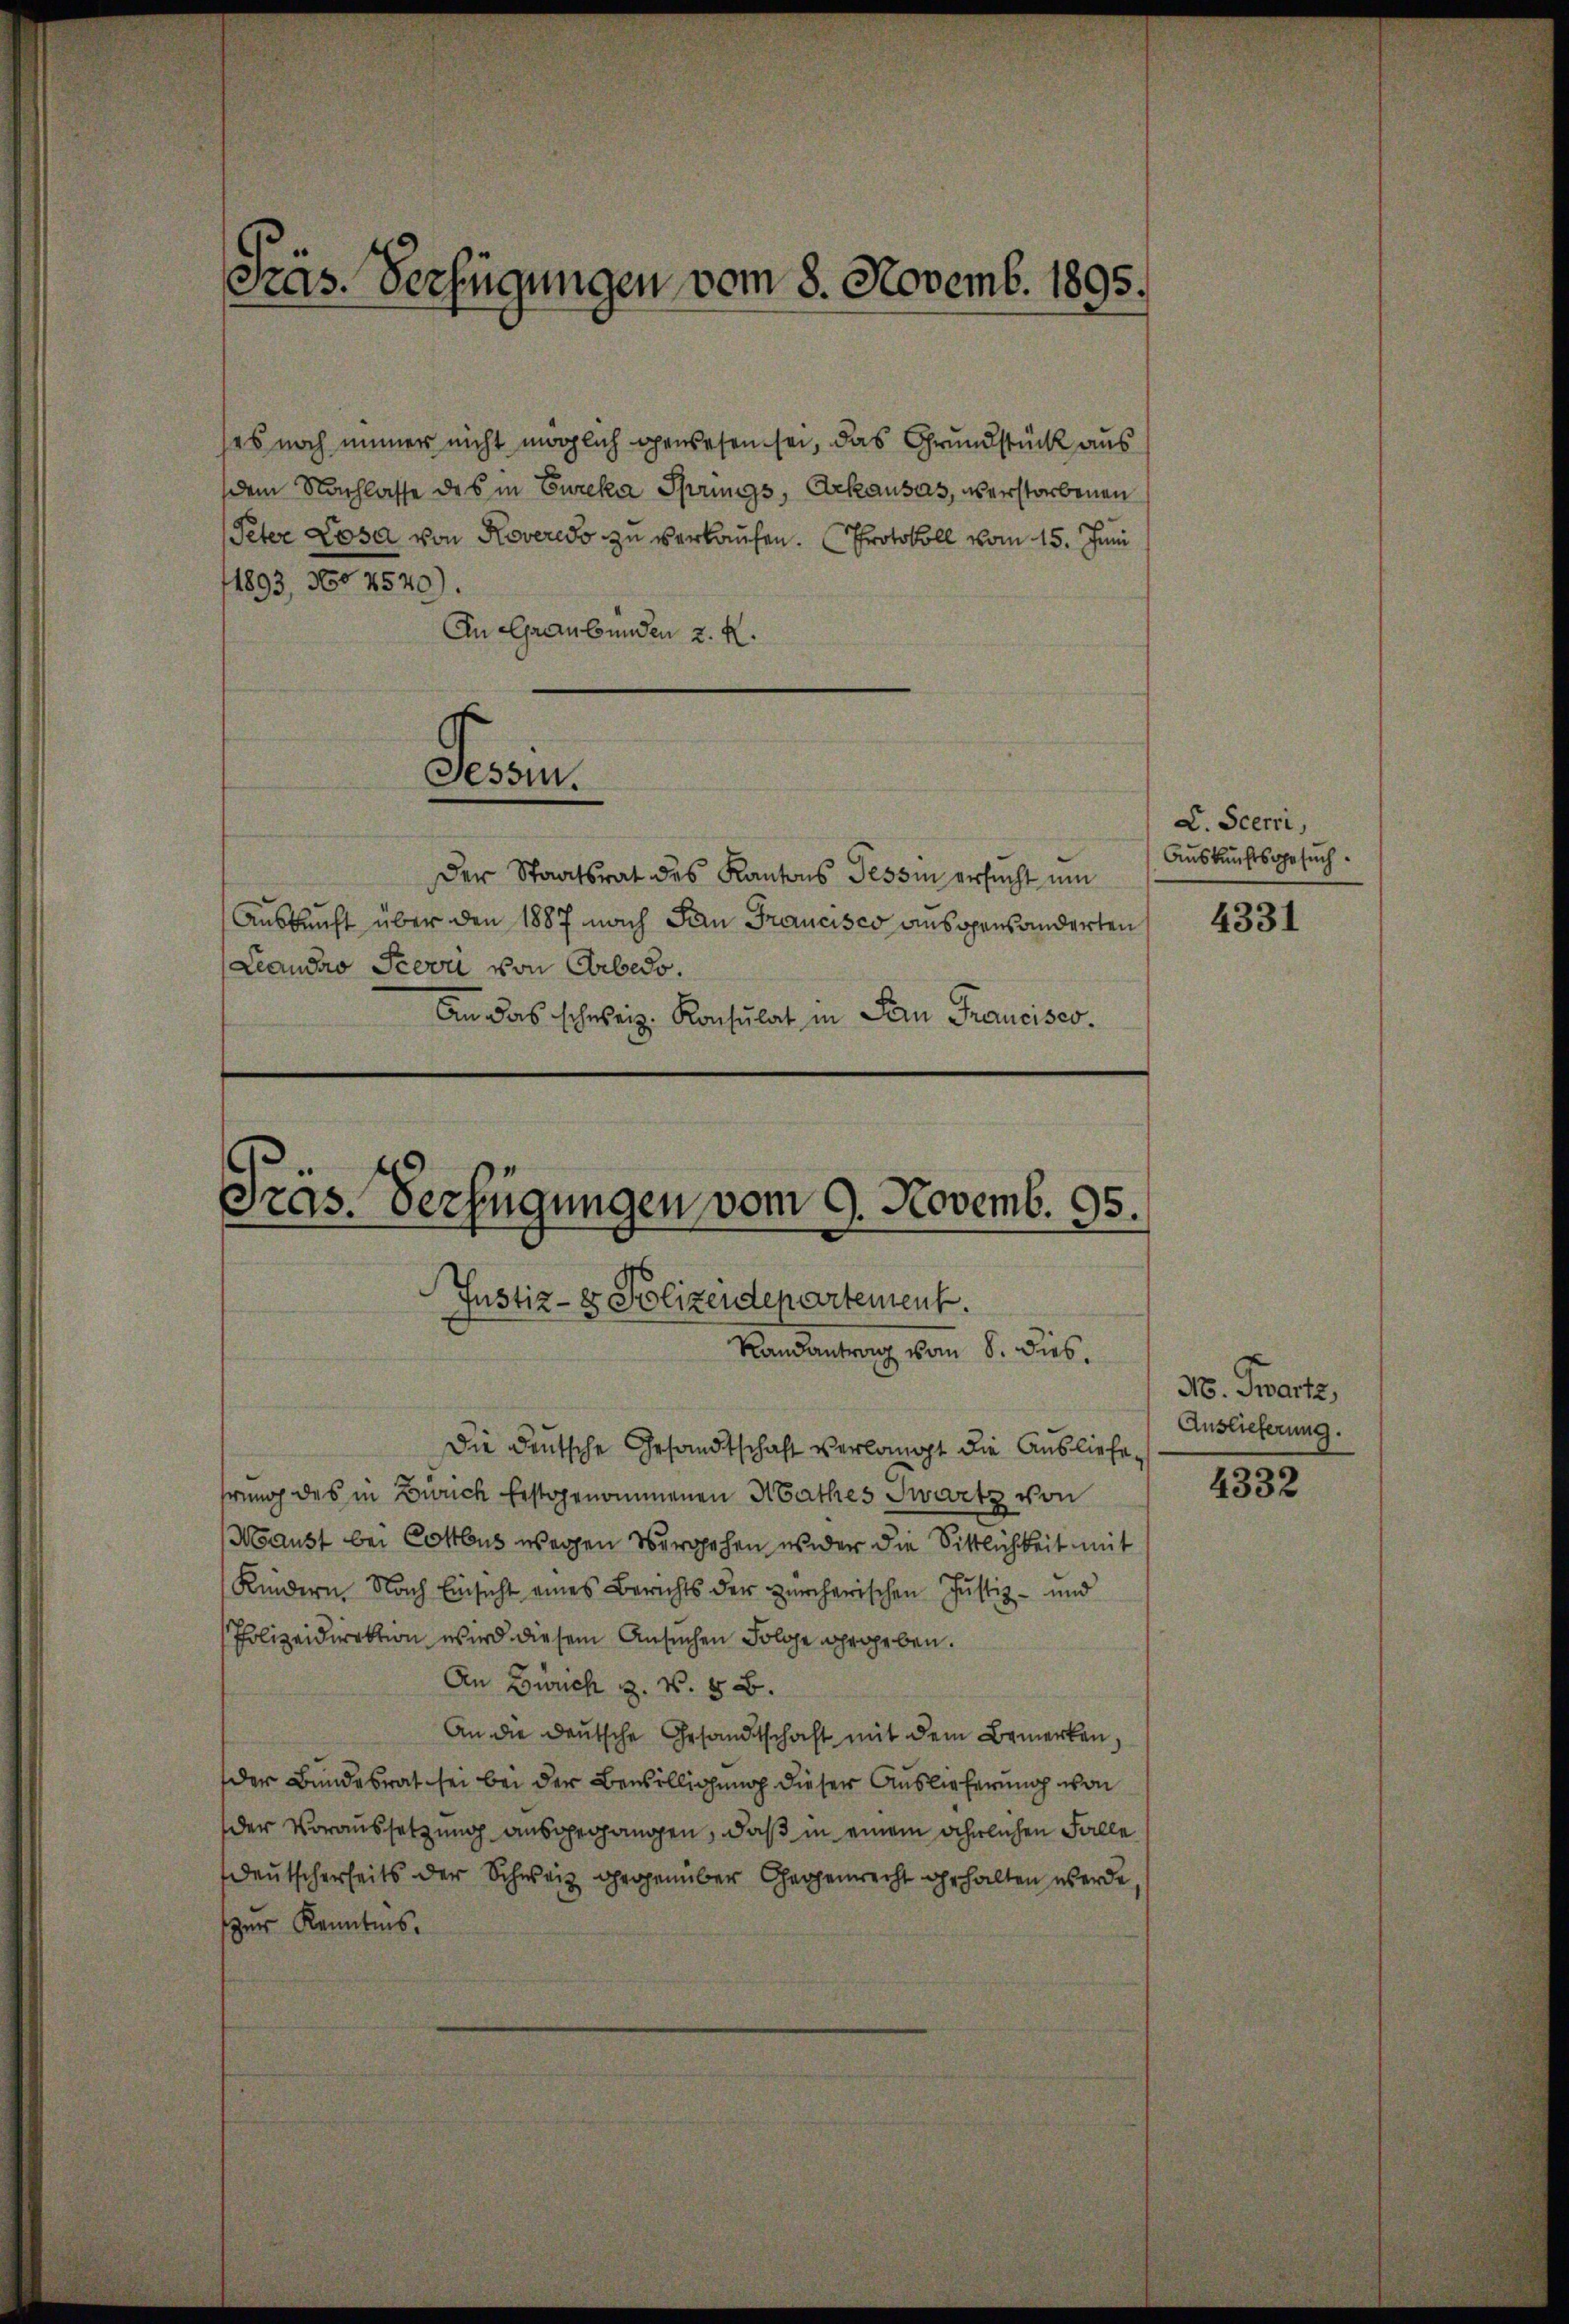
Pras. Verfügungen vom 8. Novemb. 1895.

ses noch immer nicht möglich gewesen sei, das Grundstück aus
dem Nachlasse des in Eureka Springs, Arkausas, verstorbenen
Peter Losa von Roveredo zu verkaufen. Protokoll vom 15. Juni
1893, No 4520).
An Graubünden z. R.
Peci
Der Staatsrat des Kantons Tessin ersucht um
Auskunft über den 1887 nach San Francisco ausgensänderten  4331
Leandro Severi von Arbedo.
An das schweiz. Konsulat in San Francisco

Präs. Verfügungen vom 9. Novemb. 95.
Justiz- & Polizeidepartement.
Randantrag vom 8. dies.

Die deutsche Gesandtschaft verlangt die Ausliefe,
hrung des in Zürich Erstgenommenen Mathes Zwartz von
Noaust bei Cottbus wegen Vergehen, wider die Sittlichkeit mit
Kindern. Nach Einsicht eines Berichts der zürcherischen Justiz- und
Polizeidirektion wird diesem Ansuchen Folge gegeben.
An Bruch z. B. § 8.
An die deutsche Gesandtschaft mit dem Bemerken,
der Bundesrat sei bei der Bewilligung dieser Auslieferung von
der Voraussetzung ausgegangen, daß in einem ähnlichen Falle
Deutscherheits der Schweiz gegenüber Gegenrecht gehalten werde,
zur Kenntnis.

D. Scerri,
Auskunftsgesuch.

N. Swartz,
Auslieferung.

4332